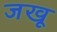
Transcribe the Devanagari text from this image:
जखू